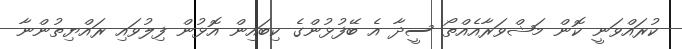
ކުރައްވަނީ ކޮން މަޝްވަރާއެއްތޯ ސީދާ އެ ބޭފުޅުންގެ ކިބައިން އޮޅުން ފިލުވައި ރައްޔިތުންނާ